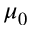
\mu _ { 0 }